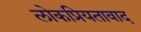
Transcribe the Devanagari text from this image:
लोकप्रियतावाद